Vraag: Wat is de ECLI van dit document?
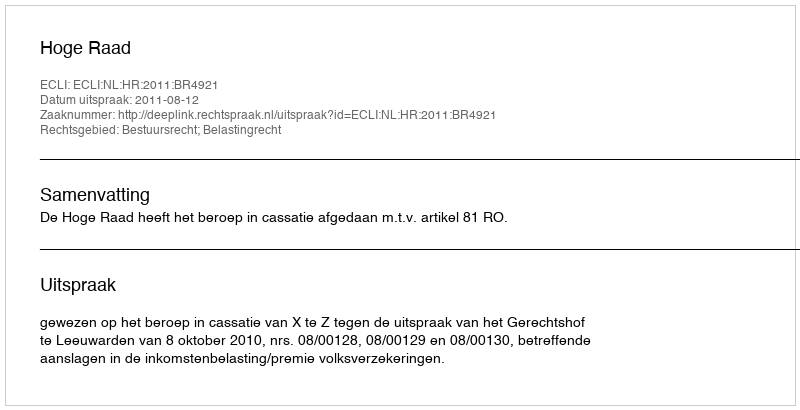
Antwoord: ECLI:NL:HR:2011:BR4921